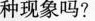
这种现象吗?